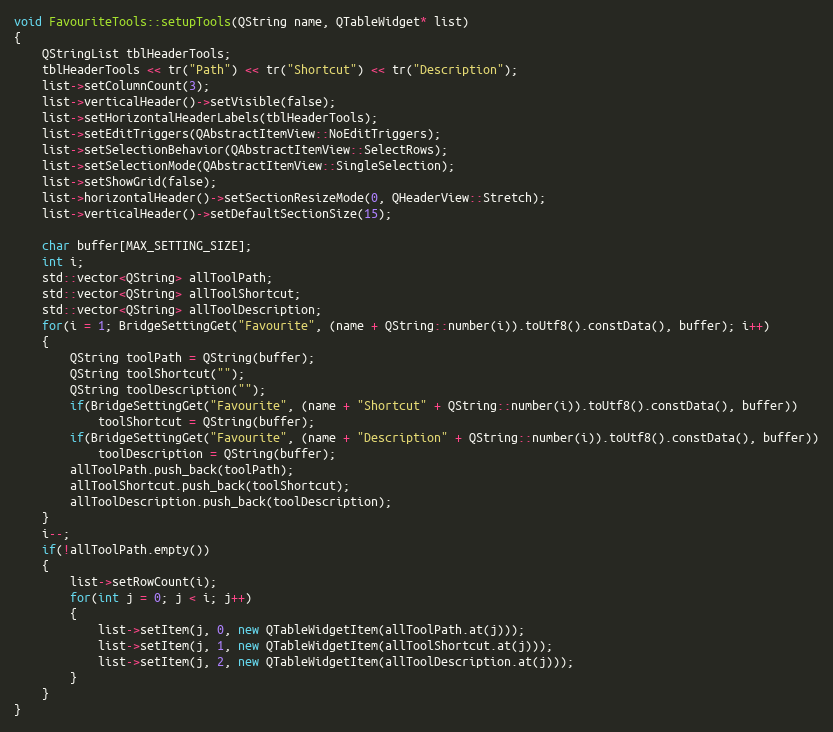
Language: C++
void FavouriteTools::setupTools(QString name, QTableWidget* list)
{
    QStringList tblHeaderTools;
    tblHeaderTools << tr("Path") << tr("Shortcut") << tr("Description");
    list->setColumnCount(3);
    list->verticalHeader()->setVisible(false);
    list->setHorizontalHeaderLabels(tblHeaderTools);
    list->setEditTriggers(QAbstractItemView::NoEditTriggers);
    list->setSelectionBehavior(QAbstractItemView::SelectRows);
    list->setSelectionMode(QAbstractItemView::SingleSelection);
    list->setShowGrid(false);
    list->horizontalHeader()->setSectionResizeMode(0, QHeaderView::Stretch);
    list->verticalHeader()->setDefaultSectionSize(15);

    char buffer[MAX_SETTING_SIZE];
    int i;
    std::vector<QString> allToolPath;
    std::vector<QString> allToolShortcut;
    std::vector<QString> allToolDescription;
    for(i = 1; BridgeSettingGet("Favourite", (name + QString::number(i)).toUtf8().constData(), buffer); i++)
    {
        QString toolPath = QString(buffer);
        QString toolShortcut("");
        QString toolDescription("");
        if(BridgeSettingGet("Favourite", (name + "Shortcut" + QString::number(i)).toUtf8().constData(), buffer))
            toolShortcut = QString(buffer);
        if(BridgeSettingGet("Favourite", (name + "Description" + QString::number(i)).toUtf8().constData(), buffer))
            toolDescription = QString(buffer);
        allToolPath.push_back(toolPath);
        allToolShortcut.push_back(toolShortcut);
        allToolDescription.push_back(toolDescription);
    }
    i--;
    if(!allToolPath.empty())
    {
        list->setRowCount(i);
        for(int j = 0; j < i; j++)
        {
            list->setItem(j, 0, new QTableWidgetItem(allToolPath.at(j)));
            list->setItem(j, 1, new QTableWidgetItem(allToolShortcut.at(j)));
            list->setItem(j, 2, new QTableWidgetItem(allToolDescription.at(j)));
        }
    }
}